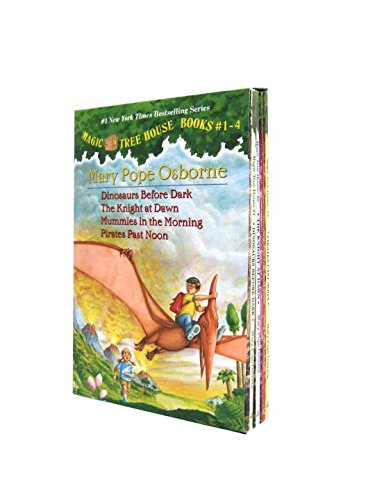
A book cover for Magic Tree House Boxed Set, Books 1-4: Dinosaurs Before Dark, The Knight at Dawn, Mummies in the Morning, and Pirates Past Noon; Mary Pope Osborne; Children's Books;